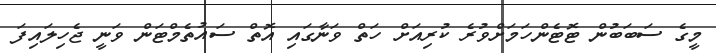
މީގެ ސަބަބުން ޓޮޓެންހަމަށްވުރެ ކުރިއަށް ހަތް ވަނާގައި އޮތް ސައުތެމްޓަން ވަނީ ޖެހިލައިފަ